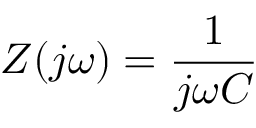
Z ( j \omega ) = { \frac { 1 } { j \omega C } }